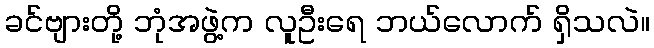
ခင်ဗျားတို့ ဘုံအဖွဲ့က လူဦးရေ ဘယ်လောက် ရှိသလဲ။